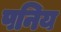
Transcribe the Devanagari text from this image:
पनिय